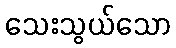
သေးသွယ်သော